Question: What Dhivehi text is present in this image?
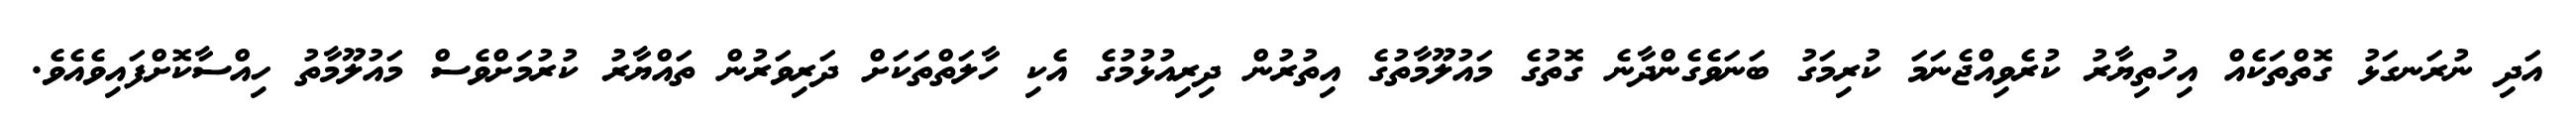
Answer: އަދި ނުރަނގަޅު ގޮތްތަކެއް އިހުތިޔާރު ކުރެވިއްޖެނަމަ ކުރިމަގު ބަނަވެގެންދާނެ ގޮތުގެ މައުލޫމާތުގެ އިތުރުން ދިރިއުޅުމުގެ އެކި ހާލަތްތަކަށް ދަރިވަރުން ތައްޔާރު ކުރުމަށްވެސް މައުލޫމާތު ހިއްސާކޮށްފައިވެއެވެ.